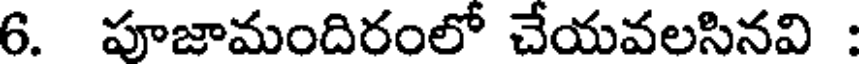
6. పూజామందిరంలో చేయవలసినవి